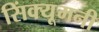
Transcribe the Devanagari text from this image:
सिंक्यूमनी